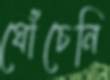
ঘোঁচেনি